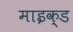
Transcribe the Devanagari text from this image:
माइक्ड